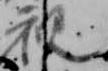
視